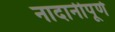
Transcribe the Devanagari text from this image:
नादानीपूर्ण